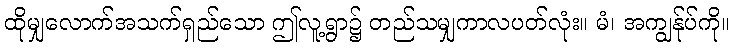
ထိုမျှလောက်အသက်ရှည်သော ဤလူ့ရွာ၌ တည်သမျှကာလပတ်လုံး။ မံ၊ အကျွန်ုပ်ကို။